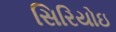
સિરિયોઇ